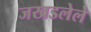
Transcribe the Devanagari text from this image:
जखडलेले